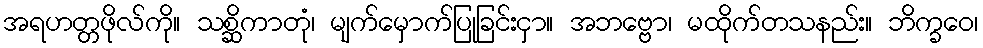
အရဟတ္တဖိုလ်ကို။ သစ္ဆိကာတုံ၊ မျက်မှောက်ပြုခြင်းငှာ။ အဘဗ္ဗော၊ မထိုက်တသနည်း။ ဘိက္ခဝေ၊